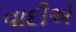
વાદીએ